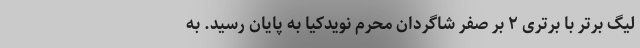
لیگ برتر با برتری ۲ بر صفر شاگردان محرم نویدکیا به پایان رسید. به